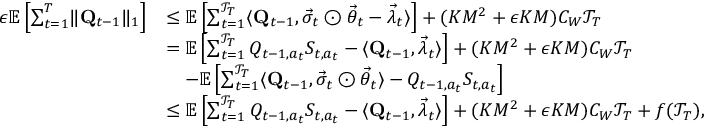
\begin{array} { r l } { \epsilon \mathbb E \left[ \sum _ { t = 1 } ^ { T } \lVert \mathbf Q _ { t - 1 } \rVert _ { 1 } \right] } & { \le \mathbb E \left[ \sum _ { t = 1 } ^ { \mathcal T _ { T } } \langle \mathbf Q _ { t - 1 } , \vec { \sigma } _ { t } \odot \vec { \theta } _ { t } - \vec { \lambda } _ { t } \rangle \right] + ( K M ^ { 2 } + \epsilon K M ) C _ { W } \mathcal T _ { T } } \\ & { = \mathbb E \left[ \sum _ { t = 1 } ^ { \mathcal T _ { T } } Q _ { t - 1 , a _ { t } } S _ { t , a _ { t } } - \langle \mathbf Q _ { t - 1 } , \vec { \lambda } _ { t } \rangle \right] + ( K M ^ { 2 } + \epsilon K M ) C _ { W } \mathcal T _ { T } } \\ & { \quad - \mathbb E \left[ \sum _ { t = 1 } ^ { \mathcal T _ { T } } \langle \mathbf Q _ { t - 1 } , \vec { \sigma } _ { t } \odot \vec { \theta } _ { t } \rangle - Q _ { t - 1 , a _ { t } } S _ { t , a _ { t } } \right] } \\ & { \le \mathbb E \left[ \sum _ { t = 1 } ^ { \mathcal T _ { T } } Q _ { t - 1 , a _ { t } } S _ { t , a _ { t } } - \langle \mathbf Q _ { t - 1 } , \vec { \lambda } _ { t } \rangle \right] + ( K M ^ { 2 } + \epsilon K M ) C _ { W } \mathcal T _ { T } + f ( \mathcal T _ { T } ) , } \end{array}